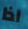
اذا